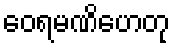
ဝေရမဏိဟေတု